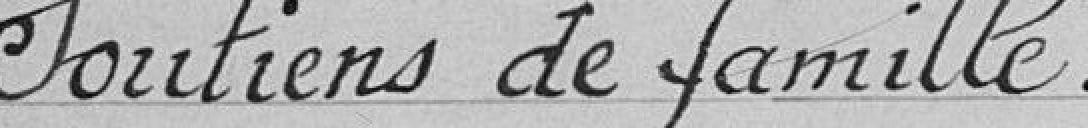
Soutiens de famille